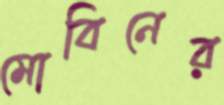
মোবিনের